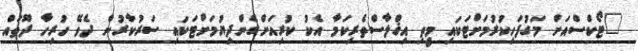
"ޓޯކްސްއަށް މަގުފަހިކުރުމަށްޓަކައި މީތި އިޚްލާސްތެރިކަމާ އެކު ކުރިއަށްގެންދިޔުމަށްޓަކައި ސަރުކާރުން ދެވޭ ހުރިހާ ދޫތައް